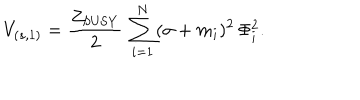
LaTeX: V _ { ( s , 1 ) } = { \frac { Z _ { \mathrm { S U S Y } } } { 2 } } \, \sum _ { i = 1 } ^ { N } ( \sigma + m _ { i } ) ^ { 2 } \, \Phi _ { i } ^ { 2 } .